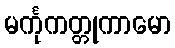
မင်္ကုကတ္တုကာမော